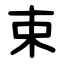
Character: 束